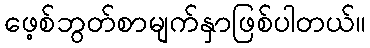
ဖေ့စ်ဘွတ်စာမျက်နှာဖြစ်ပါတယ်။